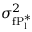
\sigma _ { \mathrm { f P _ { l } ^ { * } } } ^ { 2 }